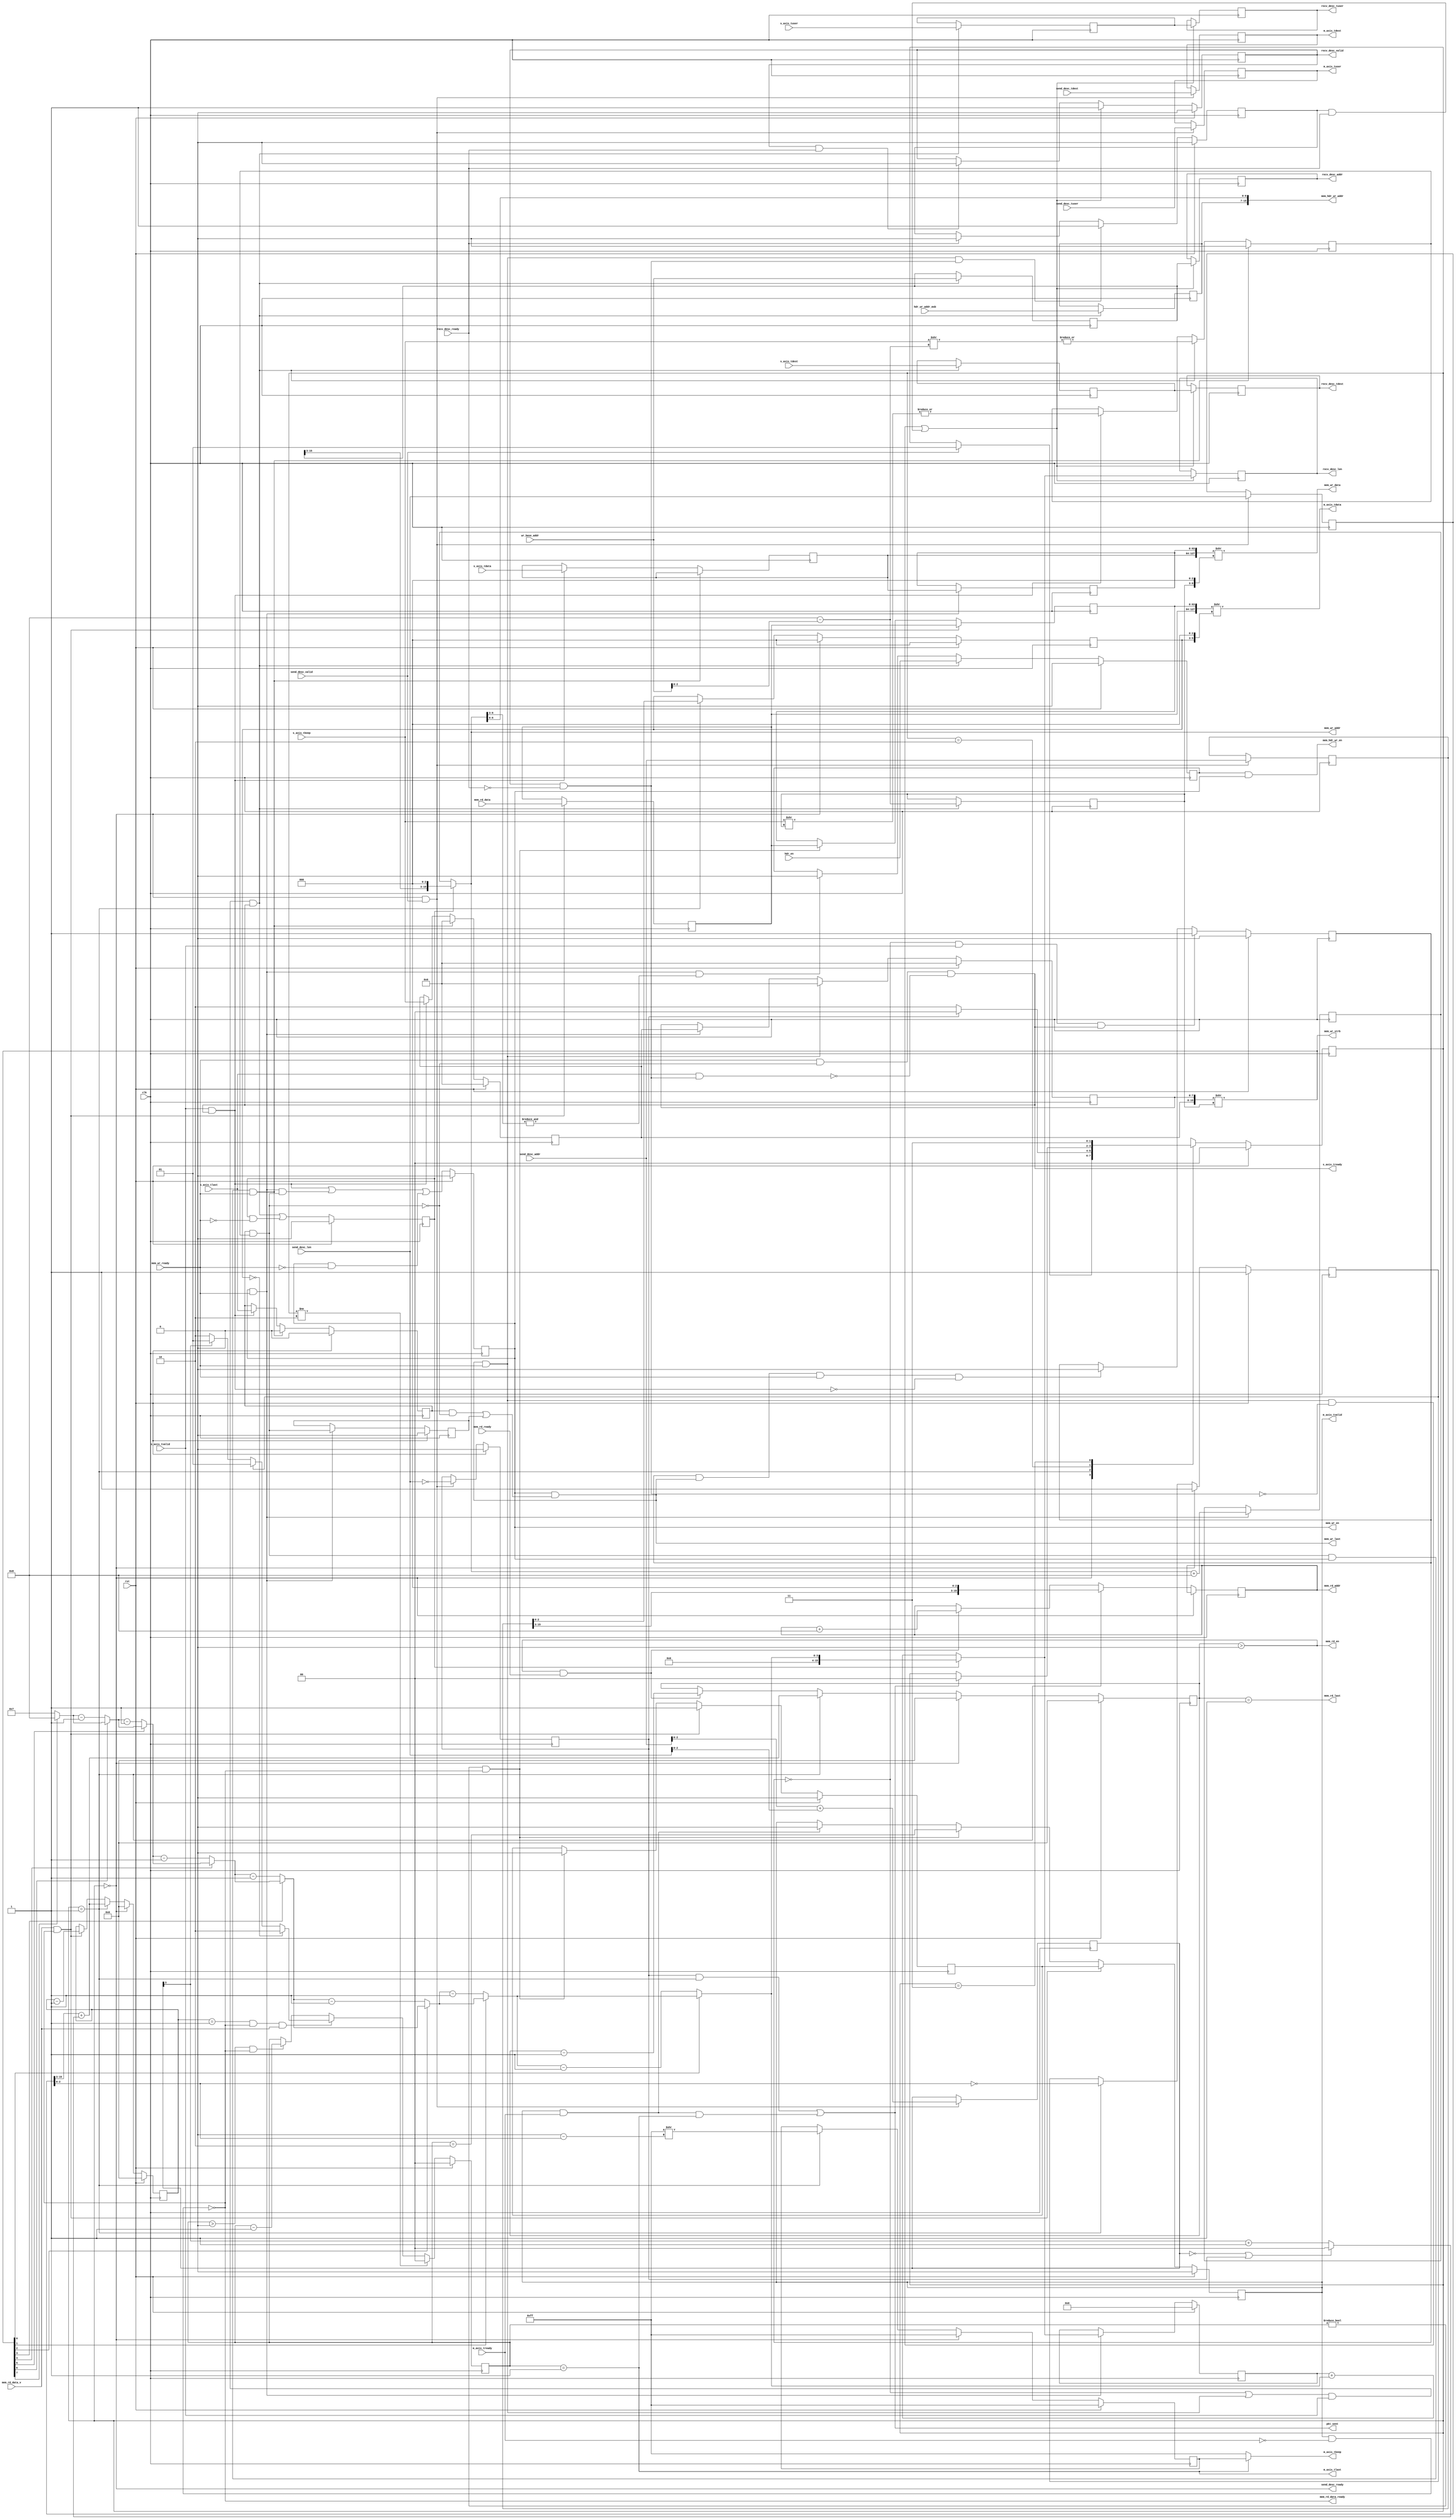
/*

Copyright (c) 2019-2021 Moein Khazraee

Permission is hereby granted, free of charge, to any person obtaining a copy
of this software and associated documentation files (the "Software"), to deal
in the Software without restriction, including without limitation the rights
to use, copy, modify, merge, publish, distribute, sublicense, and/or sell
copies of the Software, and to permit persons to whom the Software is
furnished to do so, subject to the following conditions:

The above copyright notice and this permission notice shall be included in
all copies or substantial portions of the Software.

THE SOFTWARE IS PROVIDED "AS IS", WITHOUT WARRANTY OF ANY KIND, EXPRESS OR
IMPLIED, INCLUDING BUT NOT LIMITED TO THE WARRANTIES OF MERCHANTABILITY
FITNESS FOR A PARTICULAR PURPOSE AND NONINFRINGEMENT. IN NO EVENT SHALL THE
AUTHORS OR COPYRIGHT HOLDERS BE LIABLE FOR ANY CLAIM, DAMAGES OR OTHER
LIABILITY, WHETHER IN AN ACTION OF CONTRACT, TORT OR OTHERWISE, ARISING FROM,
OUT OF OR IN CONNECTION WITH THE SOFTWARE OR THE USE OR OTHER DEALINGS IN
THE SOFTWARE.

*/

// Language: Verilog 2001

`resetall
`timescale 1ns / 1ps
`default_nettype none

module axis_dma # (
  parameter DATA_WIDTH       = 64,
  parameter ADDR_WIDTH       = 16,
  parameter LEN_WIDTH        = 16,
  parameter DEST_WIDTH_IN    = 8,
  parameter USER_WIDTH_OUT   = 8,
  parameter DEST_WIDTH_OUT   = 2,
  parameter USER_WIDTH_IN    = 2,
  parameter MAX_PKT_HDR_SIZE = 128,
  parameter HDR_ADDR_BITS    = $clog2(MAX_PKT_HDR_SIZE),
  parameter HDR_ADDR_WIDTH   = ADDR_WIDTH,
  parameter HDR_MSB_WIDTH    = HDR_ADDR_WIDTH-HDR_ADDR_BITS,
  parameter STRB_WIDTH       = (DATA_WIDTH/8),
  parameter MASK_BITS        = $clog2(STRB_WIDTH)
)(
  input  wire                      clk,
  input  wire                      rst,

  // ---------------- AXIS INTERFACE --------------- //
  // Incoming data
  input  wire [DATA_WIDTH-1:0]     s_axis_tdata,
  input  wire [STRB_WIDTH-1:0]     s_axis_tkeep,
  input  wire                      s_axis_tvalid,
  output wire                      s_axis_tready,
  input  wire                      s_axis_tlast,
  input  wire [DEST_WIDTH_IN-1:0]  s_axis_tdest,
  input  wire [USER_WIDTH_IN-1:0]  s_axis_tuser,

  input  wire [ADDR_WIDTH-1:0]     wr_base_addr,
  input  wire [HDR_MSB_WIDTH-1:0]  hdr_wr_addr_msb,
  // input  wire [HDR_ADDR_WIDTH-1:0] slot_desc_addr,
  input  wire                      hdr_en,

  // Outgoing data
  output wire [DATA_WIDTH-1:0]     m_axis_tdata,
  output wire [STRB_WIDTH-1:0]     m_axis_tkeep,
  output wire                      m_axis_tvalid,
  input  wire                      m_axis_tready,
  output wire                      m_axis_tlast,
  output wire [DEST_WIDTH_OUT-1:0] m_axis_tdest,
  output wire [USER_WIDTH_OUT-1:0] m_axis_tuser,

  // -------------- MEMORY INTERFACE -------------- //
  // Write port
  output wire                      mem_wr_en,
  output wire [STRB_WIDTH-1:0]     mem_wr_strb,
  output wire [ADDR_WIDTH-1:0]     mem_wr_addr,
  output wire [DATA_WIDTH-1:0]     mem_wr_data,
  output wire                      mem_wr_last,
  input  wire                      mem_wr_ready,

  output wire                      mem_hdr_wr_en,
  output wire [HDR_ADDR_WIDTH-1:0] mem_hdr_wr_addr,

  // Read port
  output wire                      mem_rd_en,
  output wire [ADDR_WIDTH-1:0]     mem_rd_addr,
  output wire                      mem_rd_last,
  input  wire                      mem_rd_ready,

  input  wire [DATA_WIDTH-1:0]     mem_rd_data,
  input  wire                      mem_rd_data_v,
  output wire                      mem_rd_data_ready,

  // ---------------- DESCRIPTORS ----------------- //
  // Output receive descriptor
  output wire                      recv_desc_valid,
  input  wire                      recv_desc_ready,
  output wire [ADDR_WIDTH-1:0]     recv_desc_addr,
  output wire [LEN_WIDTH-1:0]      recv_desc_len,
  output wire [DEST_WIDTH_IN-1:0]  recv_desc_tdest,
  output wire [USER_WIDTH_IN-1:0]  recv_desc_tuser,
  // output wire [HDR_ADDR_WIDTH-1:0] recv_desc_desc_addr,

  // Input send descriptor
  input  wire                      send_desc_valid,
  output wire                      send_desc_ready,
  input  wire [ADDR_WIDTH-1:0]     send_desc_addr,
  input  wire [LEN_WIDTH-1:0]      send_desc_len,
  input  wire [DEST_WIDTH_OUT-1:0] send_desc_tdest,
  input  wire [USER_WIDTH_OUT-1:0] send_desc_tuser,

  output wire                      pkt_sent
);

  ////////////////////////////////////////////////////////////////////////////////
  ///////////////////////// WRITE FROM AXIS TO MEM ///////////////////////////////
  ////////////////////////////////////////////////////////////////////////////////

  // Write state machine
  localparam WR_IDLE = 1'b0;
  localparam WR_PROC = 1'b1;
  reg wr_state_n, wr_state_r;

  // wr signals
  reg [ADDR_WIDTH-1:0]     wr_start_addr;
  reg [USER_WIDTH_IN-1:0]  wr_tuser;
  reg [MASK_BITS:0]        wr_offset;
  reg [DEST_WIDTH_IN-1:0]  wr_tdest;
  reg                      wr_strb_left;
  reg [HDR_MSB_WIDTH-1:0]  hdr_msb_r;
  wire [ADDR_WIDTH-1:0]    wr_addr;
  // reg [HDR_ADDR_WIDTH-1:0] desc_addr_r;
  reg                      hdr_en_r;
  reg                      wr_data_en;
  reg                      wr_last;
  wire                     wr_last_pkt;
  wire                     wr_ready;
  wire                     extra_cycle;
  reg                      extra_cycle_r;

  always @ (*) begin
    wr_state_n = wr_state_r;
    if ((wr_state_r == WR_IDLE) && s_axis_tvalid && s_axis_tready)
      wr_state_n = WR_PROC;
    else if ((wr_state_r == WR_PROC) && wr_last_pkt && wr_ready && (!(s_axis_tvalid && s_axis_tready)))
      wr_state_n = WR_IDLE;
  end

  always @ (posedge clk)
    if (rst)
      wr_state_r <= WR_IDLE;
    else
      wr_state_r <= wr_state_n;

  // First packet is when there is new data and can be accpted. It can happen if
  // there was no data last cycle, or if there was and it was last data.
  // (Timing wise it is logic between 4 registers and wr_ready and s_axis_tvalid)
  wire latch_info = (((wr_state_r==WR_IDLE) || (wr_last_pkt && wr_ready))
                      && s_axis_tvalid && s_axis_tready);

  // Latch metadata in first cycle
  always @ (posedge clk) begin
    if (latch_info) begin
      wr_start_addr <= wr_base_addr;
      hdr_msb_r     <= hdr_wr_addr_msb;
      // desc_addr_r   <= slot_desc_addr;
      hdr_en_r      <= hdr_en;
      wr_offset     <= {1'b1,{MASK_BITS{1'b0}}} - {1'b0, wr_base_addr[MASK_BITS-1:0]};
      wr_tdest      <= s_axis_tdest;
      wr_tuser      <= s_axis_tuser;
    end
    // Header send stops after reaching the 128 byte address cap for the first time
    else if (wr_data_en && wr_ready && (&wr_addr[HDR_ADDR_BITS-1:MASK_BITS]))
      hdr_en_r      <= 1'b0;

    // To improve timing do part of logic in the previous cycle
    if (extra_cycle && wr_data_en && wr_ready)
      wr_strb_left <= 1'b0;
    else if (latch_info)
      wr_strb_left <= |(s_axis_tkeep >> ({1'b1,{MASK_BITS{1'b0}}} -
                                         {1'b0, wr_base_addr[MASK_BITS-1:0]}));
    else if (s_axis_tvalid && s_axis_tready)
      wr_strb_left <= |(s_axis_tkeep >> wr_offset);

    if (rst)
      hdr_en_r      <= 1'b0;
  end

  // two_stage pipeline register for the input from AXIS
  reg  [DATA_WIDTH-1:0] wr_data_1;
  reg  [DATA_WIDTH-1:0] wr_data_2;
  reg  [STRB_WIDTH-1:0] wr_strb_1;
  reg  [STRB_WIDTH-1:0] wr_strb_2;

  assign extra_cycle = wr_last && wr_strb_left;

  // Move forward the pipeline when data is received and can be sent
  // Extra cycle_r is when the data is read from second stage as extra
  // cycle.
  always @ (posedge clk) begin
    // Stall if in extra cycle, and devalidate the first stage
    if (extra_cycle && wr_data_en && wr_ready) begin
      wr_strb_1 <= {STRB_WIDTH{1'b0}};
      wr_last   <= 1'b0;
    end else if (s_axis_tvalid && s_axis_tready) begin
      wr_data_1 <= s_axis_tdata;
      wr_strb_1 <= s_axis_tkeep;
      wr_last   <= s_axis_tlast;
    end

    // If data is accepted
    if (wr_data_en && wr_ready) begin
      wr_data_2     <= wr_data_1;
      extra_cycle_r <= extra_cycle;
    end

    // invalidate the data in last stage
    if (wr_last_pkt && wr_ready)
      wr_strb_2 <= {STRB_WIDTH{1'b0}};
    else if (wr_data_en && wr_ready)
      wr_strb_2 <= wr_strb_1;

    if (rst) begin
      wr_last       <= 1'b0;
      extra_cycle_r <= 1'b0;
      wr_strb_1     <= {STRB_WIDTH{1'b0}};
      wr_strb_2     <= {STRB_WIDTH{1'b0}};
    end
  end

  // If data was accepted it can be written the next cycle.
  // If there is an extra cycle it would be valid after current data is taken.
  // If current data is not taken enable stays asserted.
  always @ (posedge clk)
    if (rst)
      wr_data_en <= 1'b0;
    else
      wr_data_en <= (s_axis_tvalid && s_axis_tready) ||
                    (wr_data_en && wr_ready && extra_cycle) ||
                    (wr_data_en && (~wr_ready));

  // If we have an extra cycle we don't accept new data. Also if
  // descriptor is blocked we don't accept last word of an incoming packet.
  wire desc_block = recv_desc_valid && !recv_desc_ready;
  assign s_axis_tready = wr_ready && (!extra_cycle) &&
                        (!(s_axis_tlast && desc_block));

  // wr_first_pkt aligns with wr_data_1, which is one cycle after latch_info.
  // Also if data cannot go out it keeps its first_pkt state
  reg wr_first_pkt;
  always @ (posedge clk)
    if (rst)
      wr_first_pkt <= 1'b0;
    else
      wr_first_pkt <= latch_info || (wr_first_pkt && !wr_ready);

  // If there is need for extra cycle the wr_last_pkt would be asserted then
  // (Timing wise it is a logic between 4 registers)
  assign wr_last_pkt = wr_data_en && ((wr_last && !extra_cycle) || (extra_cycle_r));

  // Calculating the write address
  reg  [ADDR_WIDTH-1:0] next_wr_addr;
  always @ (posedge clk)
    if (wr_data_en && wr_ready)
      next_wr_addr <= wr_addr + STRB_WIDTH;

  wire [ADDR_WIDTH-1:0] wr_aligned_addr = {wr_start_addr[ADDR_WIDTH-1:MASK_BITS],{MASK_BITS{1'b0}}};
  assign wr_addr = wr_first_pkt ? wr_aligned_addr : next_wr_addr;

  // count number of bytes in the last data
  // It can accept zeros in the input strb
  reg [$clog2(STRB_WIDTH):0] one_count;
  integer i;
  always @ (*) begin
    one_count = STRB_WIDTH;
    for (i=STRB_WIDTH-1; i>=0; i=i-1)
      if (!mem_wr_strb[i])
        one_count = one_count-1;
  end

  // Calculate total bytes
  reg  [LEN_WIDTH-1:0] wr_pkt_len;
  wire [LEN_WIDTH-1:0] next_wr_pkt_len = wr_first_pkt ? one_count : wr_pkt_len + one_count;

  always @ (posedge clk)
    if (rst)
        wr_pkt_len <= 0;
    else if (wr_data_en && wr_ready)
        wr_pkt_len <= next_wr_pkt_len;

  // Remember a descriptor is ready and is waiting for ready
  reg desc_late_write;
  always @ (posedge clk) begin
    if (rst)
      desc_late_write <= 1'b0;
    else if (wr_last_pkt && wr_ready && desc_block)
      desc_late_write <= 1'b1;
    else if (recv_desc_ready)
      desc_late_write <= 1'b0;
  end

  // Latching the descriptor
  reg [LEN_WIDTH-1:0]      recv_desc_len_r;
  reg [DEST_WIDTH_IN-1:0]  recv_desc_tdest_r;
  reg [USER_WIDTH_IN-1:0]  recv_desc_tuser_r;
  reg [ADDR_WIDTH-1:0]     recv_desc_addr_r;
  // reg [HDR_ADDR_WIDTH-1:0] recv_desc_desc_addr_r;
  reg                      recv_desc_v_r;

  always @ (posedge clk) begin
    if ((wr_last_pkt && wr_ready && (!desc_block))
        || (desc_late_write && recv_desc_ready)) begin
      recv_desc_len_r   <= next_wr_pkt_len;
      recv_desc_tdest_r <= wr_tdest;
      recv_desc_tuser_r <= wr_tuser;
      recv_desc_addr_r  <= wr_start_addr;
      // recv_desc_desc_addr_r <= desc_addr_r;
      recv_desc_v_r     <= 1'b1;
    end else if (recv_desc_v_r && recv_desc_ready)
      recv_desc_v_r     <= 1'b0;
    if (rst)
      recv_desc_v_r     <= 1'b0;
  end

  assign recv_desc_valid = recv_desc_v_r;
  assign recv_desc_len   = recv_desc_len_r;
  assign recv_desc_tdest = recv_desc_tdest_r;
  assign recv_desc_tuser = recv_desc_tuser_r;
  assign recv_desc_addr  = recv_desc_addr_r;
  // assign recv_desc_desc_addr = recv_desc_desc_addr_r;

  assign mem_wr_en   = wr_data_en;
  assign mem_wr_addr = wr_addr;
  assign mem_wr_last = wr_last_pkt;
  assign wr_ready    = mem_wr_ready;
  assign mem_wr_data = {wr_data_1,wr_data_2} >> {wr_offset,3'd0};
  assign mem_wr_strb = {wr_strb_1,wr_strb_2} >> wr_offset;

  assign mem_hdr_wr_en   = hdr_en_r && wr_data_en;
  assign mem_hdr_wr_addr = {hdr_msb_r,wr_addr[HDR_ADDR_BITS-1:0]};

  ////////////////////////////////////////////////////////////////////////////////
  ///////////////////////// READ FROM MEM TO AIXS ////////////////////////////////
  ////////////////////////////////////////////////////////////////////////////////

  // State machine to have an init state between idle and processing to calculate
  // offset and so.
  localparam RD_IDLE = 2'b00;
  localparam RD_INIT = 2'b01;
  localparam RD_PROC = 2'b10;
  localparam RD_ERR  = 2'b11;

  reg [1:0] rd_state_r, rd_state_n;
  reg       to_drop;

  always @ (posedge clk)
    if (rst)
      rd_state_r <= RD_IDLE;
    else
      rd_state_r <= rd_state_n;

  always @ (*) begin
    rd_state_n = rd_state_r;
    case (rd_state_r)
      RD_IDLE: if (send_desc_valid) rd_state_n = RD_INIT;
      RD_INIT: if (to_drop) rd_state_n = RD_IDLE; else rd_state_n = RD_PROC;
      RD_PROC: if (pkt_sent) rd_state_n = RD_IDLE;
      RD_ERR:  rd_state_n = RD_ERR;
    endcase
  end

  // Parsing the descriptor
  reg [ADDR_WIDTH-1:0]     send_base_addr;
  reg [LEN_WIDTH-1:0]      send_len;
  reg [DEST_WIDTH_OUT-1:0] send_tdest;
  reg [USER_WIDTH_OUT-1:0] send_tuser;
  reg [MASK_BITS:0]        remainder_bytes;


  always @ (posedge clk) begin
    if (send_desc_ready && send_desc_valid) begin
      send_base_addr  <= send_desc_addr;
      send_len        <= send_desc_len;
      send_tdest      <= send_desc_tdest;
      send_tuser      <= send_desc_tuser;
      // Lower bits of base_addr and send_len
      remainder_bytes <= send_desc_addr[MASK_BITS-1:0] +
                         send_desc_len[MASK_BITS-1:0];
      to_drop         <= (send_desc_len==0);
    end
    if (rst) begin
      to_drop         <= 1'b0;
    end
  end

  assign send_desc_ready = (rd_state_r == RD_IDLE);
  assign pkt_sent        = (to_drop&&(rd_state_r==RD_INIT)) ||
                    (m_axis_tvalid && m_axis_tready && m_axis_tlast);

  // Calculating offset, number of words and final tkeep in RD_INIT state
  reg [ADDR_WIDTH-1:0]          aligned_rd_addr;
  reg [MASK_BITS-1:0]           rd_offset;
  reg [LEN_WIDTH-MASK_BITS-1:0] rd_req_word_count;
  reg [LEN_WIDTH-MASK_BITS-1:0] rd_recv_word_count;
  reg [STRB_WIDTH-1:0]          rd_final_tkeep;
  reg                           rd_len_is_int;

  wire [1:0] extra_words = ((remainder_bytes == 0)||to_drop) ? 2'd0 :
                           (remainder_bytes[MASK_BITS] + 2'd1);

  // number of 0s in last tkeep. 0 becomes 0 due to dropping the MSB.
  wire [MASK_BITS-1:0] tkeep_zeros  = STRB_WIDTH - send_len[MASK_BITS-1:0];

  // Initialize offset, word_count, final tkeep and strat address. Also when
  // a data was recieved address and remainig words are updated.
  always @ (posedge clk) begin
    if (rd_state_r==RD_IDLE) begin
      rd_offset          <= 0;
      rd_req_word_count  <= 0;
      rd_recv_word_count <= 0;
      rd_final_tkeep     <= {STRB_WIDTH{1'b1}};
      rd_len_is_int      <= 1'b1;
    end
    else if (rd_state_r==RD_INIT) begin
      rd_offset          <= send_base_addr[MASK_BITS-1:0];
      rd_req_word_count  <= send_len[LEN_WIDTH-1:MASK_BITS] + extra_words;
      rd_recv_word_count <= send_len[LEN_WIDTH-1:MASK_BITS] + extra_words;
      rd_final_tkeep     <= {{(STRB_WIDTH-1){1'b0}},{STRB_WIDTH{1'b1}}} >> tkeep_zeros;
      aligned_rd_addr    <= {send_base_addr[ADDR_WIDTH-1:MASK_BITS],{MASK_BITS{1'b0}}};
      rd_len_is_int      <= (send_len[MASK_BITS-1:0]==0);
    end
    else begin
      if (mem_rd_en && mem_rd_ready) begin
        rd_req_word_count  <= rd_req_word_count - 1;
        aligned_rd_addr    <= aligned_rd_addr + STRB_WIDTH;
      end
      if (mem_rd_data_v && mem_rd_data_ready)
        rd_recv_word_count <= rd_recv_word_count - 1;
    end
    if (rst) begin
      rd_offset          <= 0;
      rd_req_word_count  <= 0;
      rd_recv_word_count <= 0;
      rd_final_tkeep     <= {STRB_WIDTH{1'b1}};
      rd_len_is_int      <= 1'b1;
    end
  end

  // During processing there are 2 pipeline registers for data and output data
  // is selected based on offset. data left is for last 2 words in pipe.
  // Depending on the offset and the remainder bytes they should be transfered
  // in one or two.
  reg [1:0] data_left;
  always @ (posedge clk)
    if (rst)
      data_left <= 2'd0;
    else if (rd_state_r != RD_PROC)
      data_left <= 2'd0;
    else if ((rd_recv_word_count == 1) && mem_rd_data_ready && mem_rd_data_v) begin
      // Both pipeline stages are full
      if (rd_offset == 0)
        data_left <= 2'd2;
      // If len was multiple of word width, offset would cover the data in
      // the last pipeline stage and data can be read out in single cycle
      else if (rd_len_is_int)
        data_left <= 2'd1;
      // If there was overflow from offset and LSB of len, offset would cover
      // the data in the last pipeline stage
      else if (remainder_bytes[MASK_BITS])
        data_left <= 2'd1;
      // There is more data than offset in the second pipeline stage
      else
        data_left <= 2'd2;
    // If data/empty register is sent out reduce remaining
    end else if ((data_left>2'd0) && (!(m_axis_tvalid && !m_axis_tready)))
        data_left <= data_left - 2'd1;

  // 2 pipe registers with valid. There is no need for individual ready signals.
  reg  [DATA_WIDTH-1:0] read_reg_1;
  reg  [DATA_WIDTH-1:0] read_reg_2;
  reg read_reg_1_v, read_reg_2_v;
  always @ (posedge clk) begin
    // since mem_rd_data_ready is high when m_axis_tready,
    // is asserted, it means the data can go out and pipe can go forward
    // This covers when mem is ready and axis is ready or not. Also if
    // its the first word coming in.
    if (mem_rd_data_v && mem_rd_data_ready) begin
      read_reg_1   <= mem_rd_data;
      read_reg_1_v <= 1'b1;
      read_reg_2   <= read_reg_1;
      read_reg_2_v <= read_reg_1_v;
    end
    // After loading data is done and the last 1 or 2 words are being sent
    // (based on the rx_offset and remainder_bytes two registers might be
    // 1 or 2 data values), the pipe is being emptied if it's not blocked by axis
    // This case does not depend on input memory any more and just waits to
    // be emptied over axis.
    else if ((data_left!=2'd0) && (!(m_axis_tvalid && !m_axis_tready))) begin
      read_reg_1_v <= 1'b0;
      read_reg_2   <= read_reg_1;
      // If there are 2 words read_reg_2 stays valid for another cycle
      // otherwise both registers become not valid
      read_reg_2_v <= (data_left==2'd2);
    end
    // If data was sent but no new data received we deassert the valid
    // of second stage not to repeat the same data. We cannot move the
    // pipe forward since in case of having offset we need both
    // registers to be valid for send and cannot insert a non_valid gap.
    // This is case is when mem is not ready but axis is.
    else if (m_axis_tvalid && m_axis_tready) begin
      read_reg_2_v <= 1'b0;
    end
    // If both of mem and axis are not ready there is no change.
    if (rst) begin
      read_reg_1_v <= 1'b0;
      read_reg_2_v <= 1'b0;
    end
  end

  // If I'm not ready to get data then I deassert my address valid too.
  // The sender module has to keep its valid and data until ready!
  assign mem_rd_data_ready = !(m_axis_tvalid && (!m_axis_tready));
  assign mem_rd_en         = (rd_req_word_count > 0);// && mem_rd_data_ready;
  assign mem_rd_addr       = aligned_rd_addr;
  assign mem_rd_last       = (rd_req_word_count == 1);

  assign m_axis_tdata  = {read_reg_1, read_reg_2} >> {rd_offset, 3'd0};
  assign m_axis_tvalid = read_reg_2_v;
  assign m_axis_tlast  = (data_left == 2'd1);
  assign m_axis_tkeep  = m_axis_tlast ? rd_final_tkeep : {STRB_WIDTH{1'b1}};
  assign m_axis_tdest  = send_tdest;
  assign m_axis_tuser  = send_tuser;

endmodule

`resetall